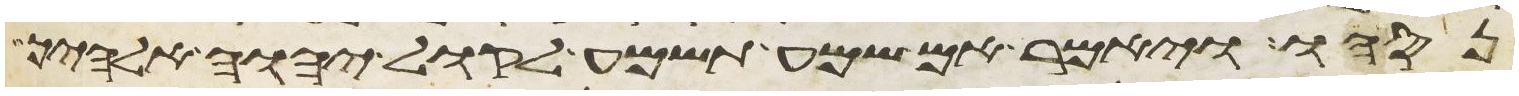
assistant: נסהו ויאמר אם שמע תשמע לקול יהוה אלהיך